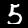
Digit: 5